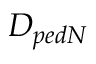
D _ { p e d N }